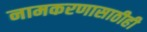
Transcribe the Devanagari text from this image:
नामकरणासाठीही